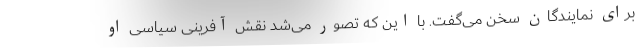
برای نمایندگان سخن می‌گفت. با این که تصور می‌شد نقش آفرینی سیاسی او